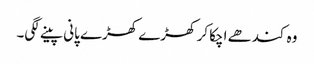
وہ کندھے اچکا کر کھڑے کھڑے پانی پینے لگی۔